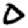
Digit: 0